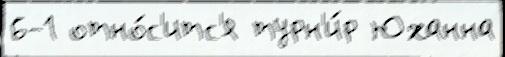
6-1 отно́с'итс'я турн'и́р Юханна